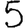
Digit: 5